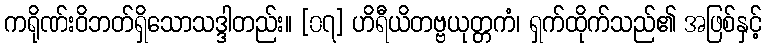
ကရိုဏ်းဝိဘတ်ရှိသောသဒ္ဒါတည်း။ [၀၇] ဟိရီယိတဗ္ဗယုတ္တကံ၊ ရှက်ထိုက်သည်၏ အဖြစ်နှင့်